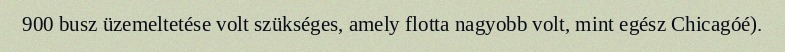
900 busz üzemeltetése volt szükséges, amely flotta nagyobb volt, mint egész Chicagóé).